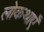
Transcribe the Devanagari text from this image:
लोकथाएँ